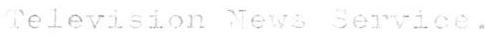
television News Service.